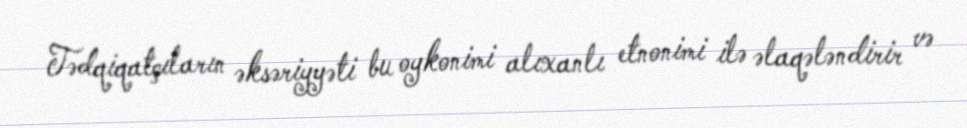
Tədqiqatçıların əksəriyyəti bu oykonimi alıxanlı etnonimi ilə əlaqələndirir və